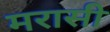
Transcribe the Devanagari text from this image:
मरासी